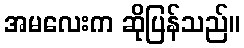
အမလေးက ဆိုပြန်သည်။